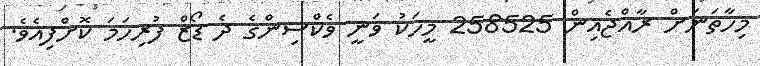
މިހާތަނަށް ރާއްޖެއިން 258525 މީހަކު ވަނީ ވެކްސިންގެ ދެ ޑޯޒް ފުރިހަމަ ކޮށްފިއެވެ.